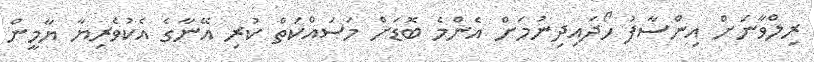
ރިލްވާނަށް އިންސާފު ހޯދައިދިނުމަށް އެންމެ ބޮޑަށް މަސައްކަތް ކުރި އޭނާގެ އެކުވެރިޔާ ޔާމީން